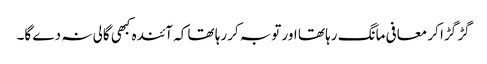
گڑ گڑا کر معافی مانگ رہا تھا اور توبہ کررہا تھا کہ آئندہ کبھی گالی نہ دے گا۔